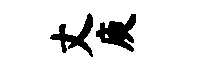
丈庾